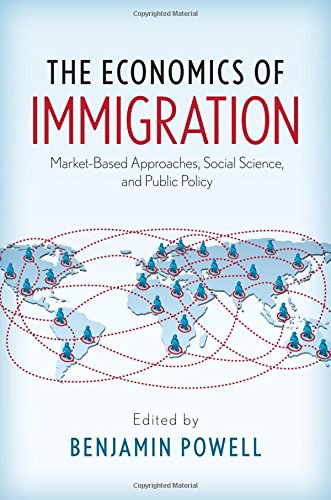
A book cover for The Economics of Immigration: Market-Based Approaches, Social Science, and Public Policy; Politics & Social Sciences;